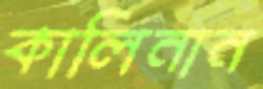
কালিনান